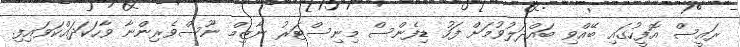
ރައީސް އޮފީހުގައި ބޭއްވި ބައްދަލުވުމަށް ފަހު ޑިފެންސް މިނިސްޓަރު ނާޒިމް ނޫސްވެރިންނާ ވާހަކަދައްކަވައިފި.